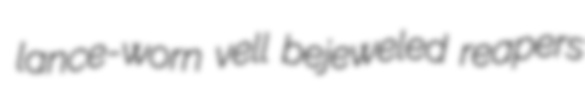
lance-worn vell bejeweled reapers